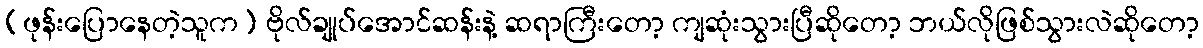
(ဖုန်းပြောနေတဲ့သူက) ဗိုလ်ချုပ်အောင်ဆန်းနဲ့ ဆရာကြီးတော့ ကျဆုံးသွားပြီဆိုတော့ ဘယ်လိုဖြစ်သွားလဲဆိုတော့